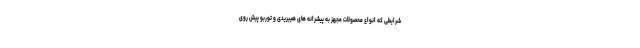
شرایطی که انواع محصولات مجهز به پیشرانه های هیبریدی و توربو پیش روی